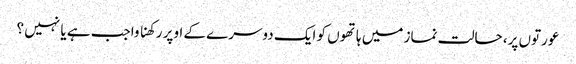
عورتوں پر، حالت نماز میں ہاتھوں کو ایک دوسرے کے اوپر رکھنا واجب ہے یا نہیں ؟